65_HS1-834228961_62-HQ-83894_Section_10
Agency: FBI
Page 107
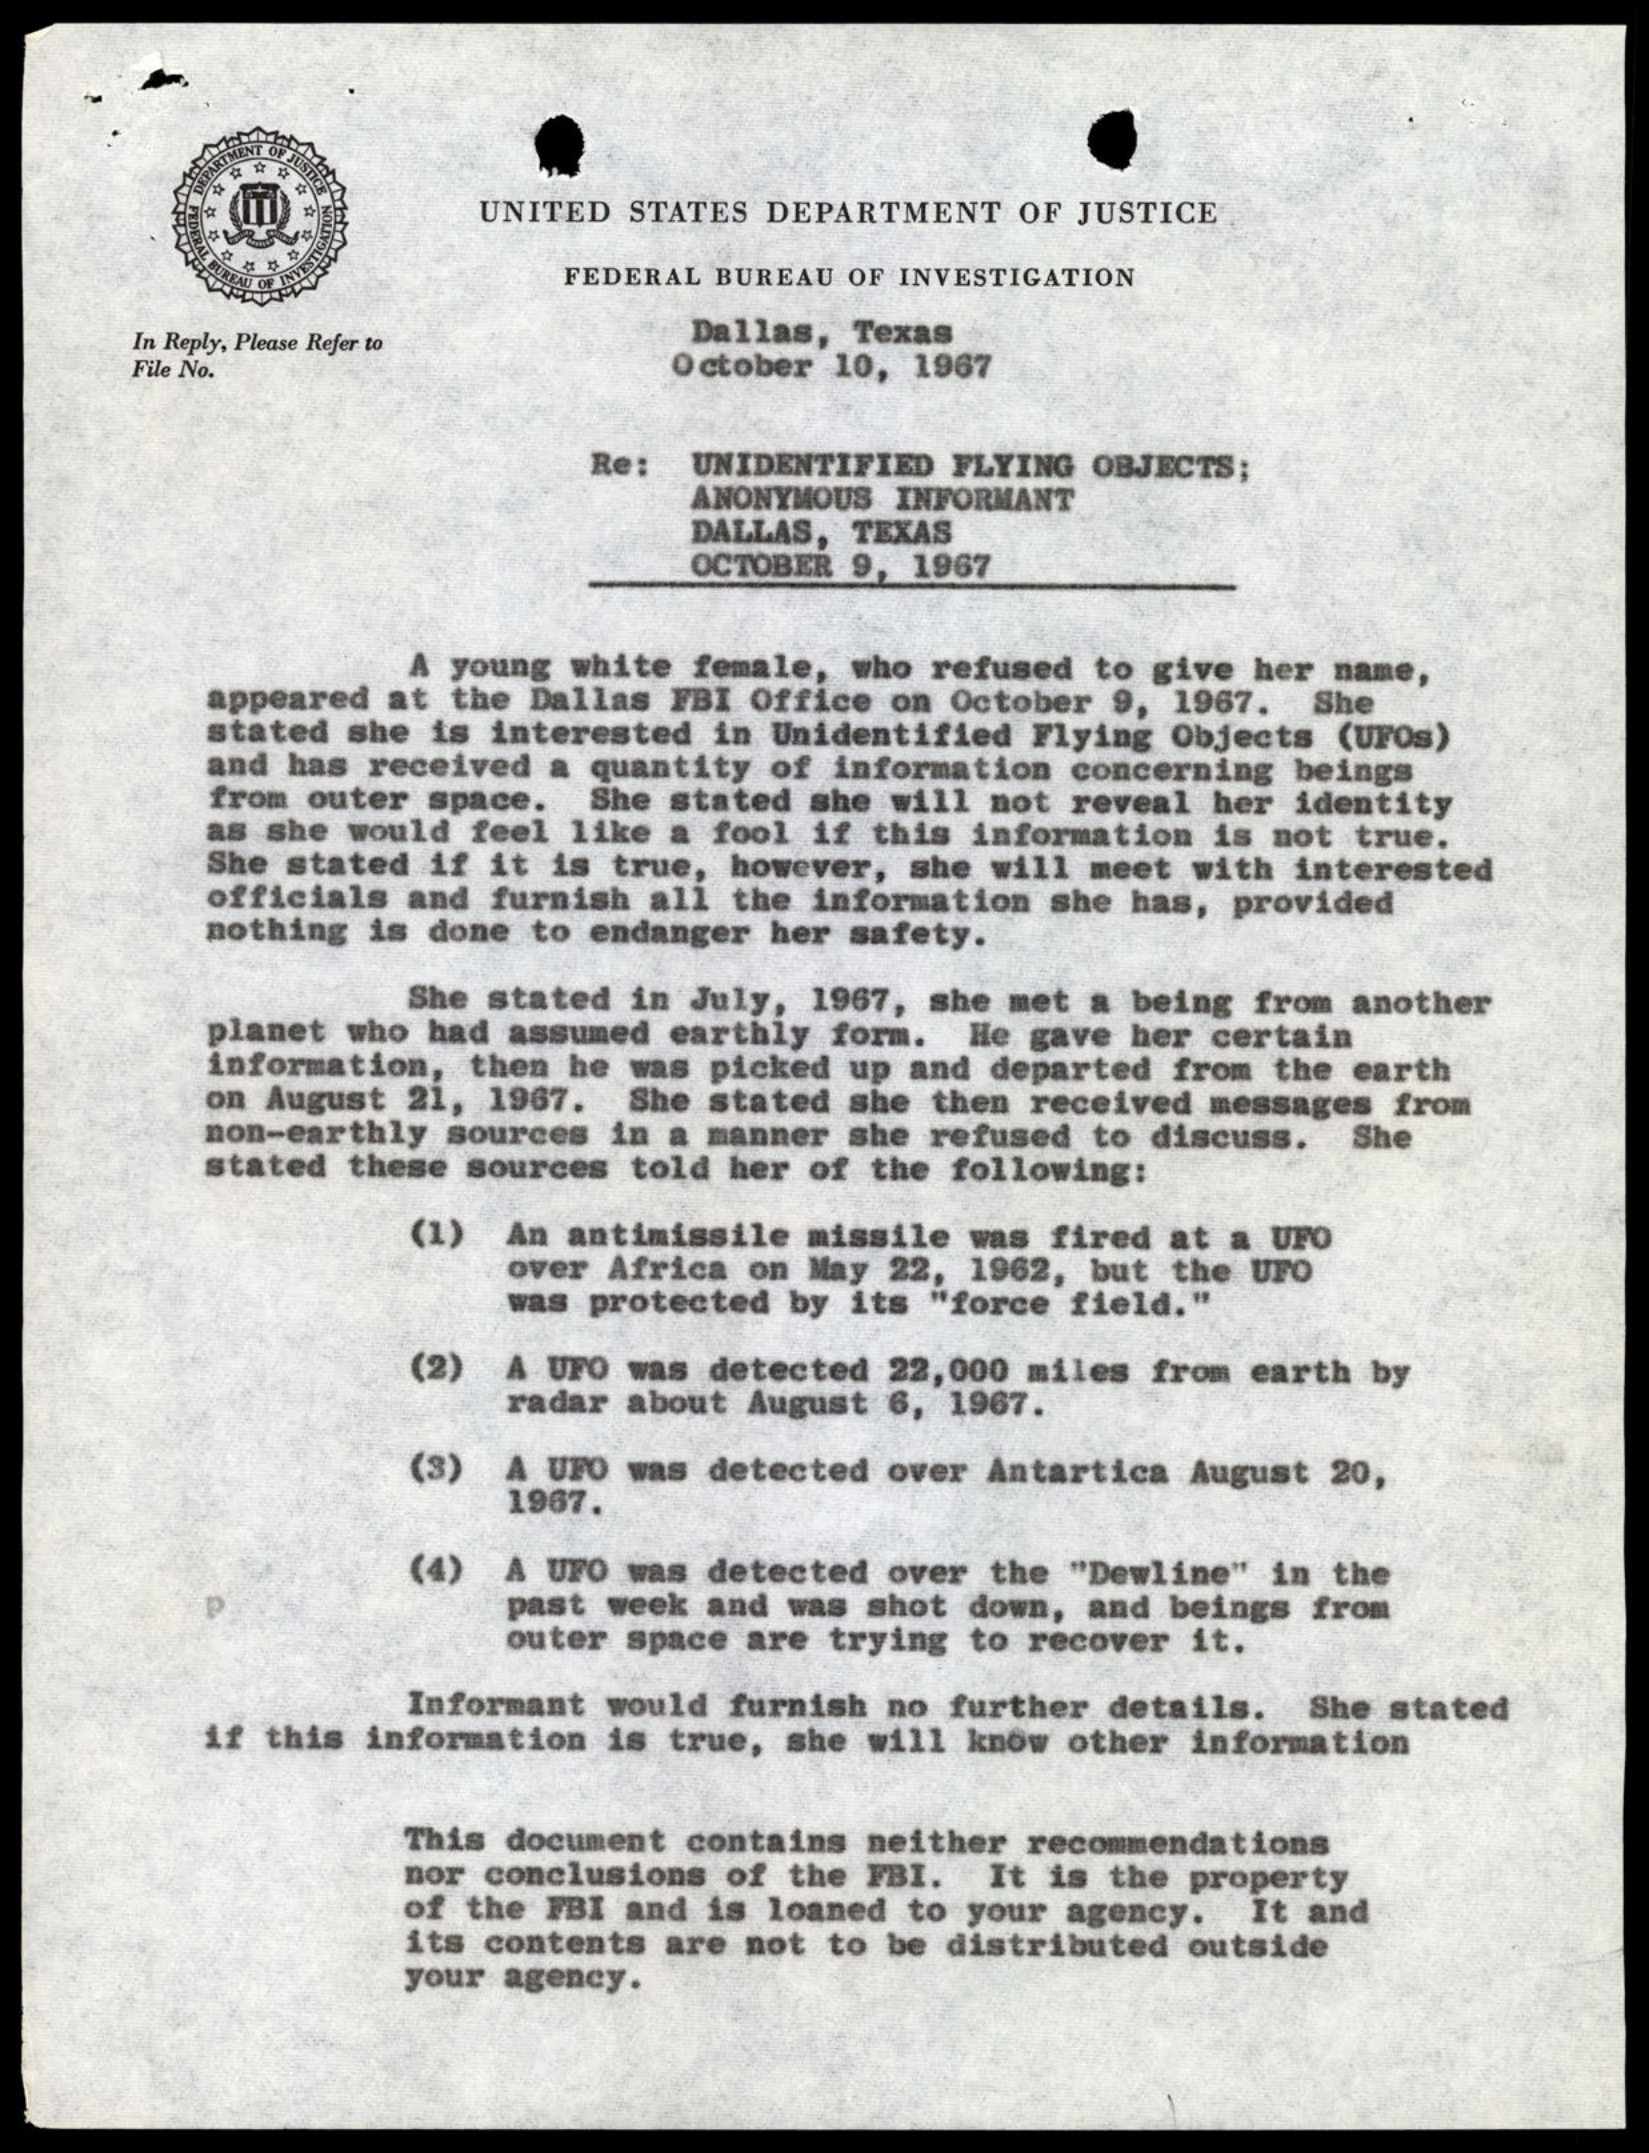